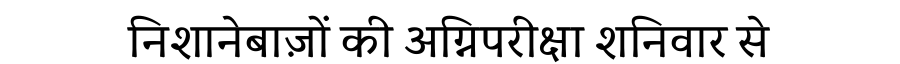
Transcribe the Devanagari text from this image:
निशानेबाज़ों की अग्निपरीक्षा शनिवार से